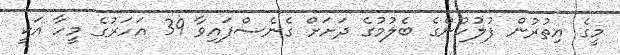
މީގެ އިތުރުން ފުލުހުންގެ ބެލުމުގެ ދަށަށް ގެނެސްފައިވާ 39 އަހަރުގެ މީހާ އަކީ